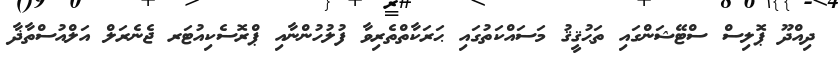
ދިއްދޫ ޕޮލިސް ސްޓޭޝަންގައި ތަޙުޤީޤު މަސައްކަތުގައި ޙަރަކާތްތެރިވާ ފުލުހުންނާއި ޕްރޮސެކިއުޓަރ ޖެނެރަލް އަލްއުސްތާޛާ